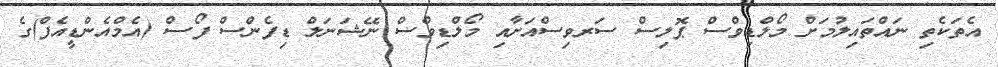
އެތަކެތި ނައްތައިލުމަށް މޯލްޑިވްސް ޕޮލިސް ސަރވިސްއަށާއި މޯލްޑިވްސް ނޭޝަނަލް ޑިފެންސް ފޯސް (އެމްއެންޑީއެފް)ގެ